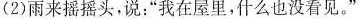
(2)雨来摇摇头，说：“我在屋里，什么也没看见。”